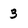
Character: 3